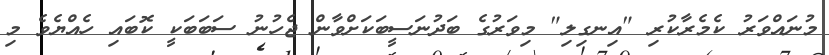
މުނައްވަރު ކެމެރާކުރި "އިނގިލި" މިވަރުގެ ބަދުނަސީބަކަށްވާން ޖެހުނު ސަބަބަކީ ކޮބައި ހެއްޔެވެ މި